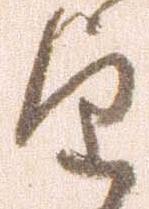
望